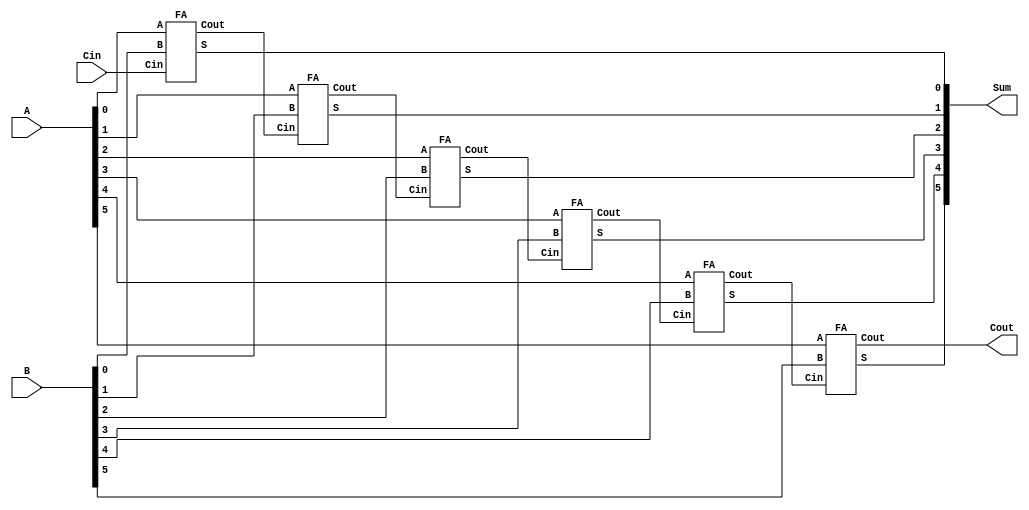
module RCA #(parameter N=6) (output Cout ,output [N-1:0] Sum ,input [N-1:0] A,B, input Cin) ;
       wire [N:0] C ;
       assign C[0] = Cin ;
       genvar i ;
       generate for (i=0;i<N;i=i+1) 
                begin : RCA_loop
                  FA F(Sum[i],C[i+1],A[i],B[i],C[i]);
                end
       endgenerate
       assign Cout = C[N] ;
endmodule

module FA(S,Cout,A,B,Cin) ;
       input A,B,Cin ;
       output S , Cout ;
       assign S = A^B^Cin ;
       assign Cout = (A&B)+(B&Cin)+(Cin&A) ;
endmodule